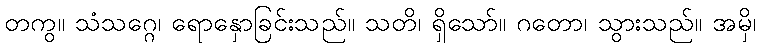
တကွ။ သံသဂ္ဂေ၊ ရောနှောခြင်းသည်။ သတိ၊ ရှိသော်။ ဂတော၊ သွားသည်။ အမှိ၊